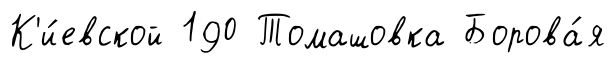
К'и́евской 190 Томашовка Борова́я